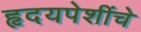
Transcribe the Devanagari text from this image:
हृदयपेशींचे